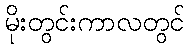
မိုးတွင်းကာလတွင်